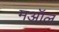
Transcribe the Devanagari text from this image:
मऑल